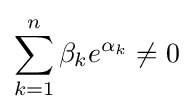
\sum _{k=1}^{n}\beta _{k}e^{\alpha _{k}}\neq 0